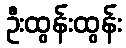
ဦးထွန်းထွန်း